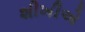
શીખીએ